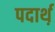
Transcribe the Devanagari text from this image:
पदार्थ़